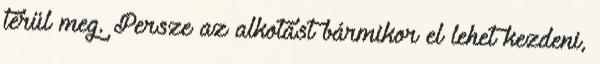
térül meg. Persze az alkotást bármikor el lehet kezdeni,